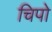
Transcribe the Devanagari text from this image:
चिपो